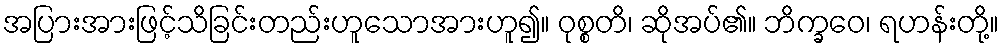
အပြားအားဖြင့်သိခြင်းတည်းဟူသောအားဟူ၍။ ဝုစ္စတိ၊ ဆိုအပ်၏။ ဘိက္ခဝေ၊ ရဟန်းတို့။